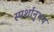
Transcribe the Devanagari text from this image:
स्पर्शानुभव